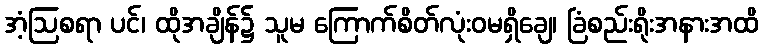
အံ့ဩစရာ ပင်၊ ထိုအချိန်၌ သူမ ကြောက်စိတ်လုံးဝမရှိချေ၊ ခြံစည်းရိုးအနားအထိ